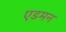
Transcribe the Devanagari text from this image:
एडमन